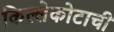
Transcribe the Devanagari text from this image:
किल्लेकोटाची